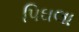
પિઘલા